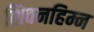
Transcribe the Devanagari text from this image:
शिवनहिम्न